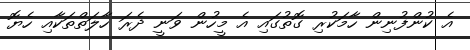
އެ ކުންފުނިން ހާމަކުރި ގޮތުގައި އެ މީހުން ވަނީ ދެރަ ހާލަތްތަކާއި ހެޔޮ